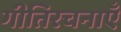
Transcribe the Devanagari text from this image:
गीतिरचनाएँ